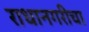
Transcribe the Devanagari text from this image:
राधानगरीचा